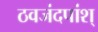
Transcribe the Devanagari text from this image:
ठवजंदपांश्